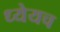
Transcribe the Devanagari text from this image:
ध्येयच